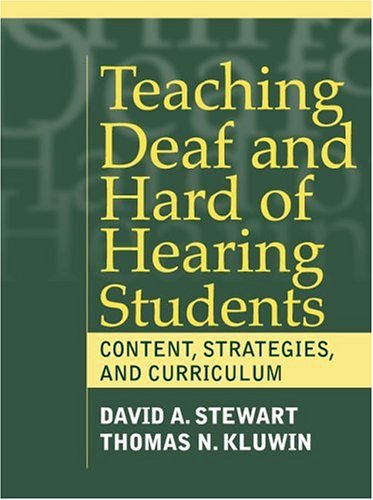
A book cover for Teaching Deaf and Hard of Hearing Students: Content, Strategies, and Curriculum; David Stewart; Health, Fitness & Dieting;